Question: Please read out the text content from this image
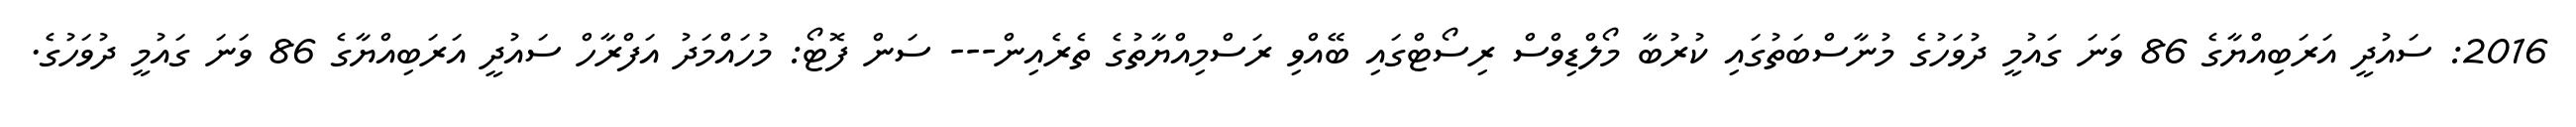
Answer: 2016: ސައުދީ އަރަބިއްޔާގެ 86 ވަނަ ގައުމީ ދުވަހުގެ މުނާސްބަތުގައި ކުރުބާ މޯލްޑިވްސް ރިސޯޓްގައި ބޭއްވި ރަސްމިއްޔާތުގެ ތެރެއިން--- ސަން ފޮޓޯ: މުހައްމަދު އަފްރާހް ސައުދީ އަރަބިއްޔާގެ 86 ވަނަ ގައުމީ ދުވަހުގެ.